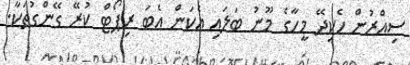
ސިއްރުން ހެކިދޭ މީހާގެ މޫނު ބަލައި އެކަން އެބަ ރިޕޯޓް ކުރޭ ގޭންގުތަކާ.